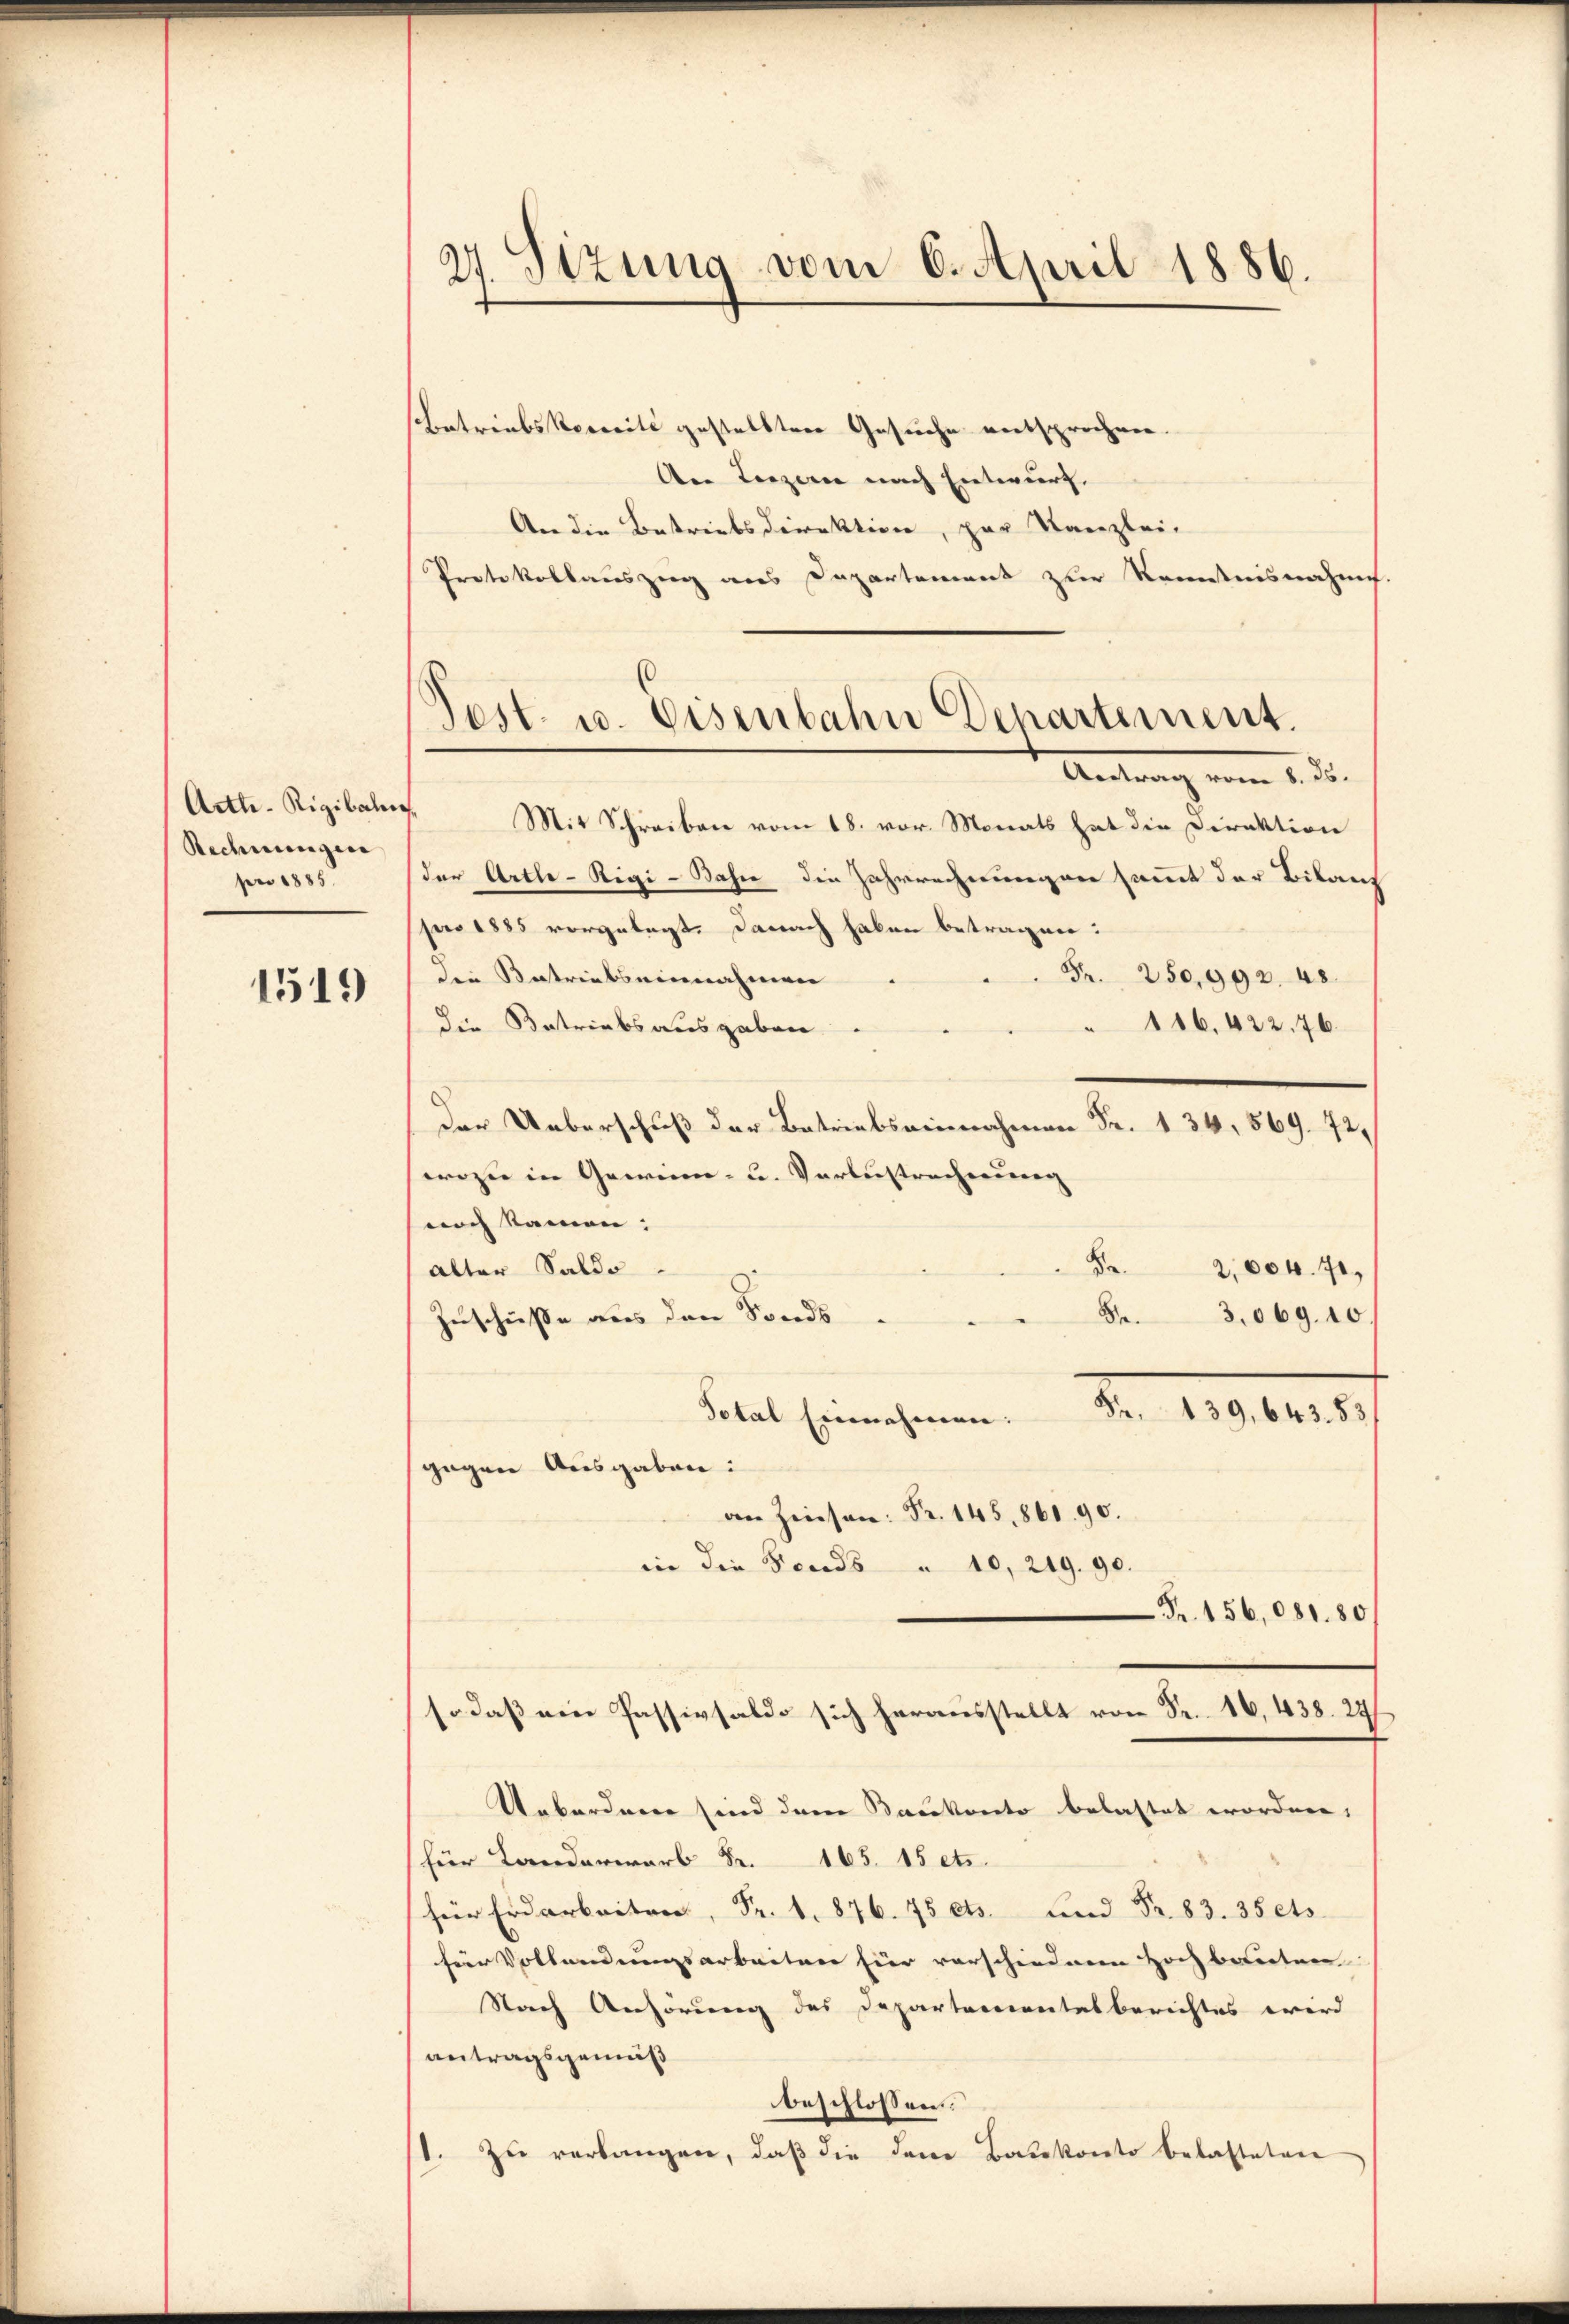
Actt-Rigibahn,
Rechnungen
pro 1885.

1519

27. Sizung vom 6. April 1886.

Betriebskereite gestellten Gesuche entsprochen.
Aer Lorzere nach Entwurf.
An die Bestriebsdirektion, par Kanzlei-
Protokollauszug aus Departement zur Kenntnisnahme.

Pest. u. Eisenbahn Departement.
.

Mit Schreiben vom 18. vor. Monats hat die Direktion
der Artle-Rigi-Jahre die Jahrrechnungen sammt der Bilanz
pro 1885 vorgelegt. Danach haben betragen:
Fr. 250,992. 48.
die Betriebs einnahmen
" 116. 422. 76.
die Betriebsausgaben
Der Ueberschuß der Betriebseinnahmen Fr. 134, 569. 72,
wozu in Gewinn- u. Verlustrecherung
noch Namen:
Be.
Alter Saldo
2,004. 71,
53,069. 10
Zuschüße aus den Fonds.
Fr. 139. 643. 83
Petal Einnehmen:
gegen Ausgaben:
an Zinsen: Fr. 145, 861. 90.
in die Fonds u. 10. 219. 90.
Fr. 156,081. 80/

so daß ein Passivsaldo sich herausstellt Fr. 438. 24

Ueborden sind dem Baukonto belastet worden,
für Landerwarb Fr. 165. 15 etc.
 .....
für Vollendungsarbeiten hier vorschiedenen Hochbauten
Nach Anhörung des Departementesberichtes wird
antragsgemäß
beschlossen:
1. Zu verlangen, daß die den Baukonto belasteten